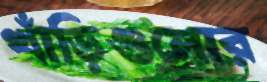
খাঁড়িগুলোর